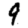
Digit: 9